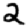
Digit: 2